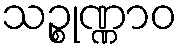
သဉ္စုဏ္ဏာဝ